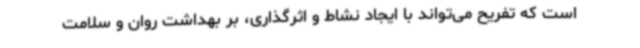
است که تفریح می‌تواند با ایجاد نشاط و اثرگذاری، بر بهداشت روان و سلامت